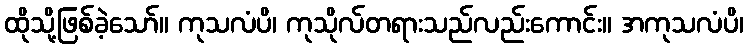
ထိုသို့ဖြစ်ခဲ့သော်။ ကုသလံပိ၊ ကုသိုလ်တရားသည်လည်းကောင်း။ အကုသလံပိ၊